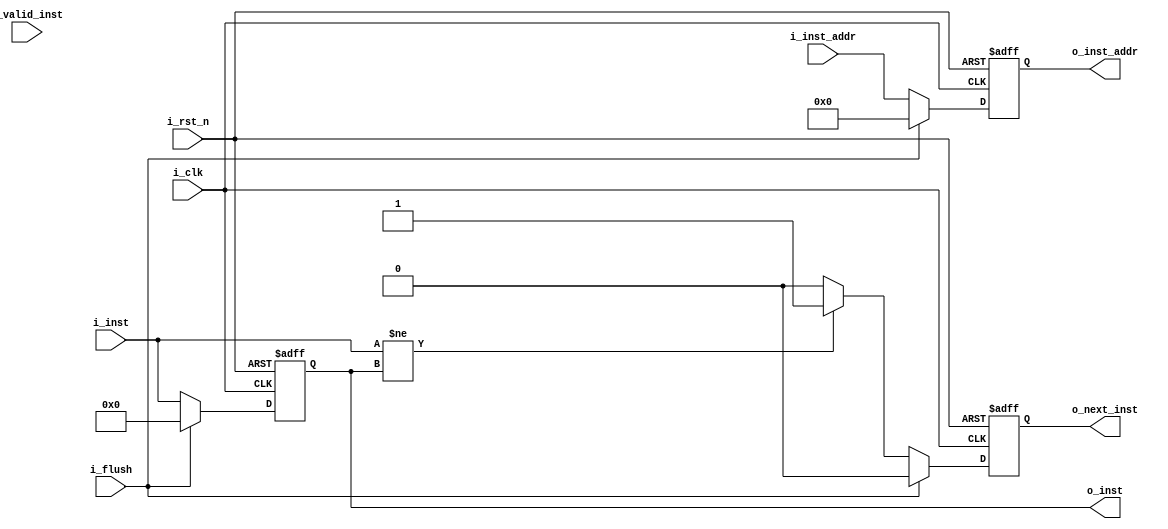
module IFID #(
    parameter INST_W = 32,
    parameter ADDR_W = 64
)(
    input                       i_clk,
    input                       i_rst_n,
    input  [INST_W-1:0]         i_inst,
    input                       i_valid_inst,
    input  [ADDR_W-1:0]         i_inst_addr,
    input                       i_flush,
    output reg [INST_W-1:0]     o_inst,
    output reg [ADDR_W-1:0]     o_inst_addr,
    output                      o_next_inst
);

    reg o_next_inst_r, o_next_inst_w;

    assign o_next_inst = o_next_inst_r;

    always @(*) begin
        if(i_inst != o_inst) begin
            o_next_inst_w = 1;
        end else begin
            o_next_inst_w = 0;
        end
    end

    always@(posedge i_clk or negedge i_rst_n) begin
        if(~i_rst_n) begin
            o_inst <= 32'b0;
            o_inst_addr <= 64'b0;
            o_next_inst_r <= 1'b0;
        end
        else if (i_flush) begin     // nop
            // $display("i flush in ifid");
            o_inst <= 32'b0;
            o_inst_addr <= 64'b0;
            o_next_inst_r <= 1'b0;
        end else begin                  // store for next stage 
            o_inst <= i_inst;
            o_inst_addr <= i_inst_addr;
            o_next_inst_r <= o_next_inst_w;       
        end
    end

endmodule